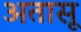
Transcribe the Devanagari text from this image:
अतासू